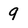
Character: 9